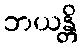
ဘယန္တိ